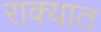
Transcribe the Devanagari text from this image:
राक्यात